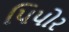
પિપોર